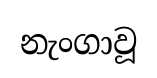
නැංගාවූ